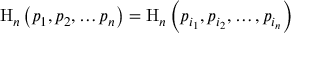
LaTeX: \mathrm { H } _ { n } \left( p _ { 1 } , p _ { 2 } , \ldots p _ { n } \right) = \mathrm { H } _ { n } \left( p _ { i _ { 1 } } , p _ { i _ { 2 } } , \ldots , p _ { i _ { n } } \right)